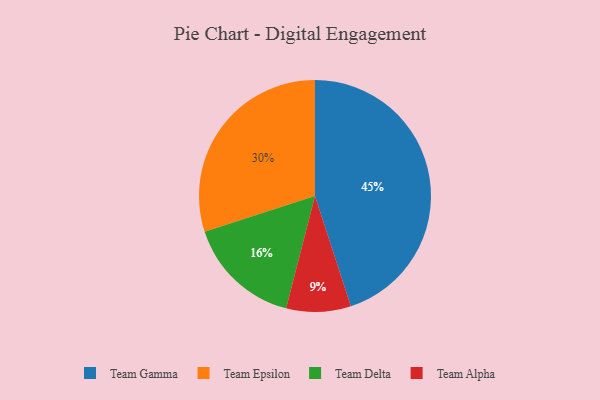
{"axis": {"x": "Category", "y": "Percentage"}, "legend": ["Team Alpha", "Team Delta", "Team Epsilon", "Team Gamma"], "data": [{"x": "Team Epsilon", "y": 30, "type": "Team Epsilon"}, {"x": "Team Gamma", "y": 45, "type": "Team Gamma"}, {"x": "Team Alpha", "y": 9, "type": "Team Alpha"}, {"x": "Team Delta", "y": 16, "type": "Team Delta"}]}